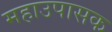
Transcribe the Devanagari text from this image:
महाउपासक